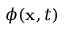
\phi ( \mathbf { x } , t )